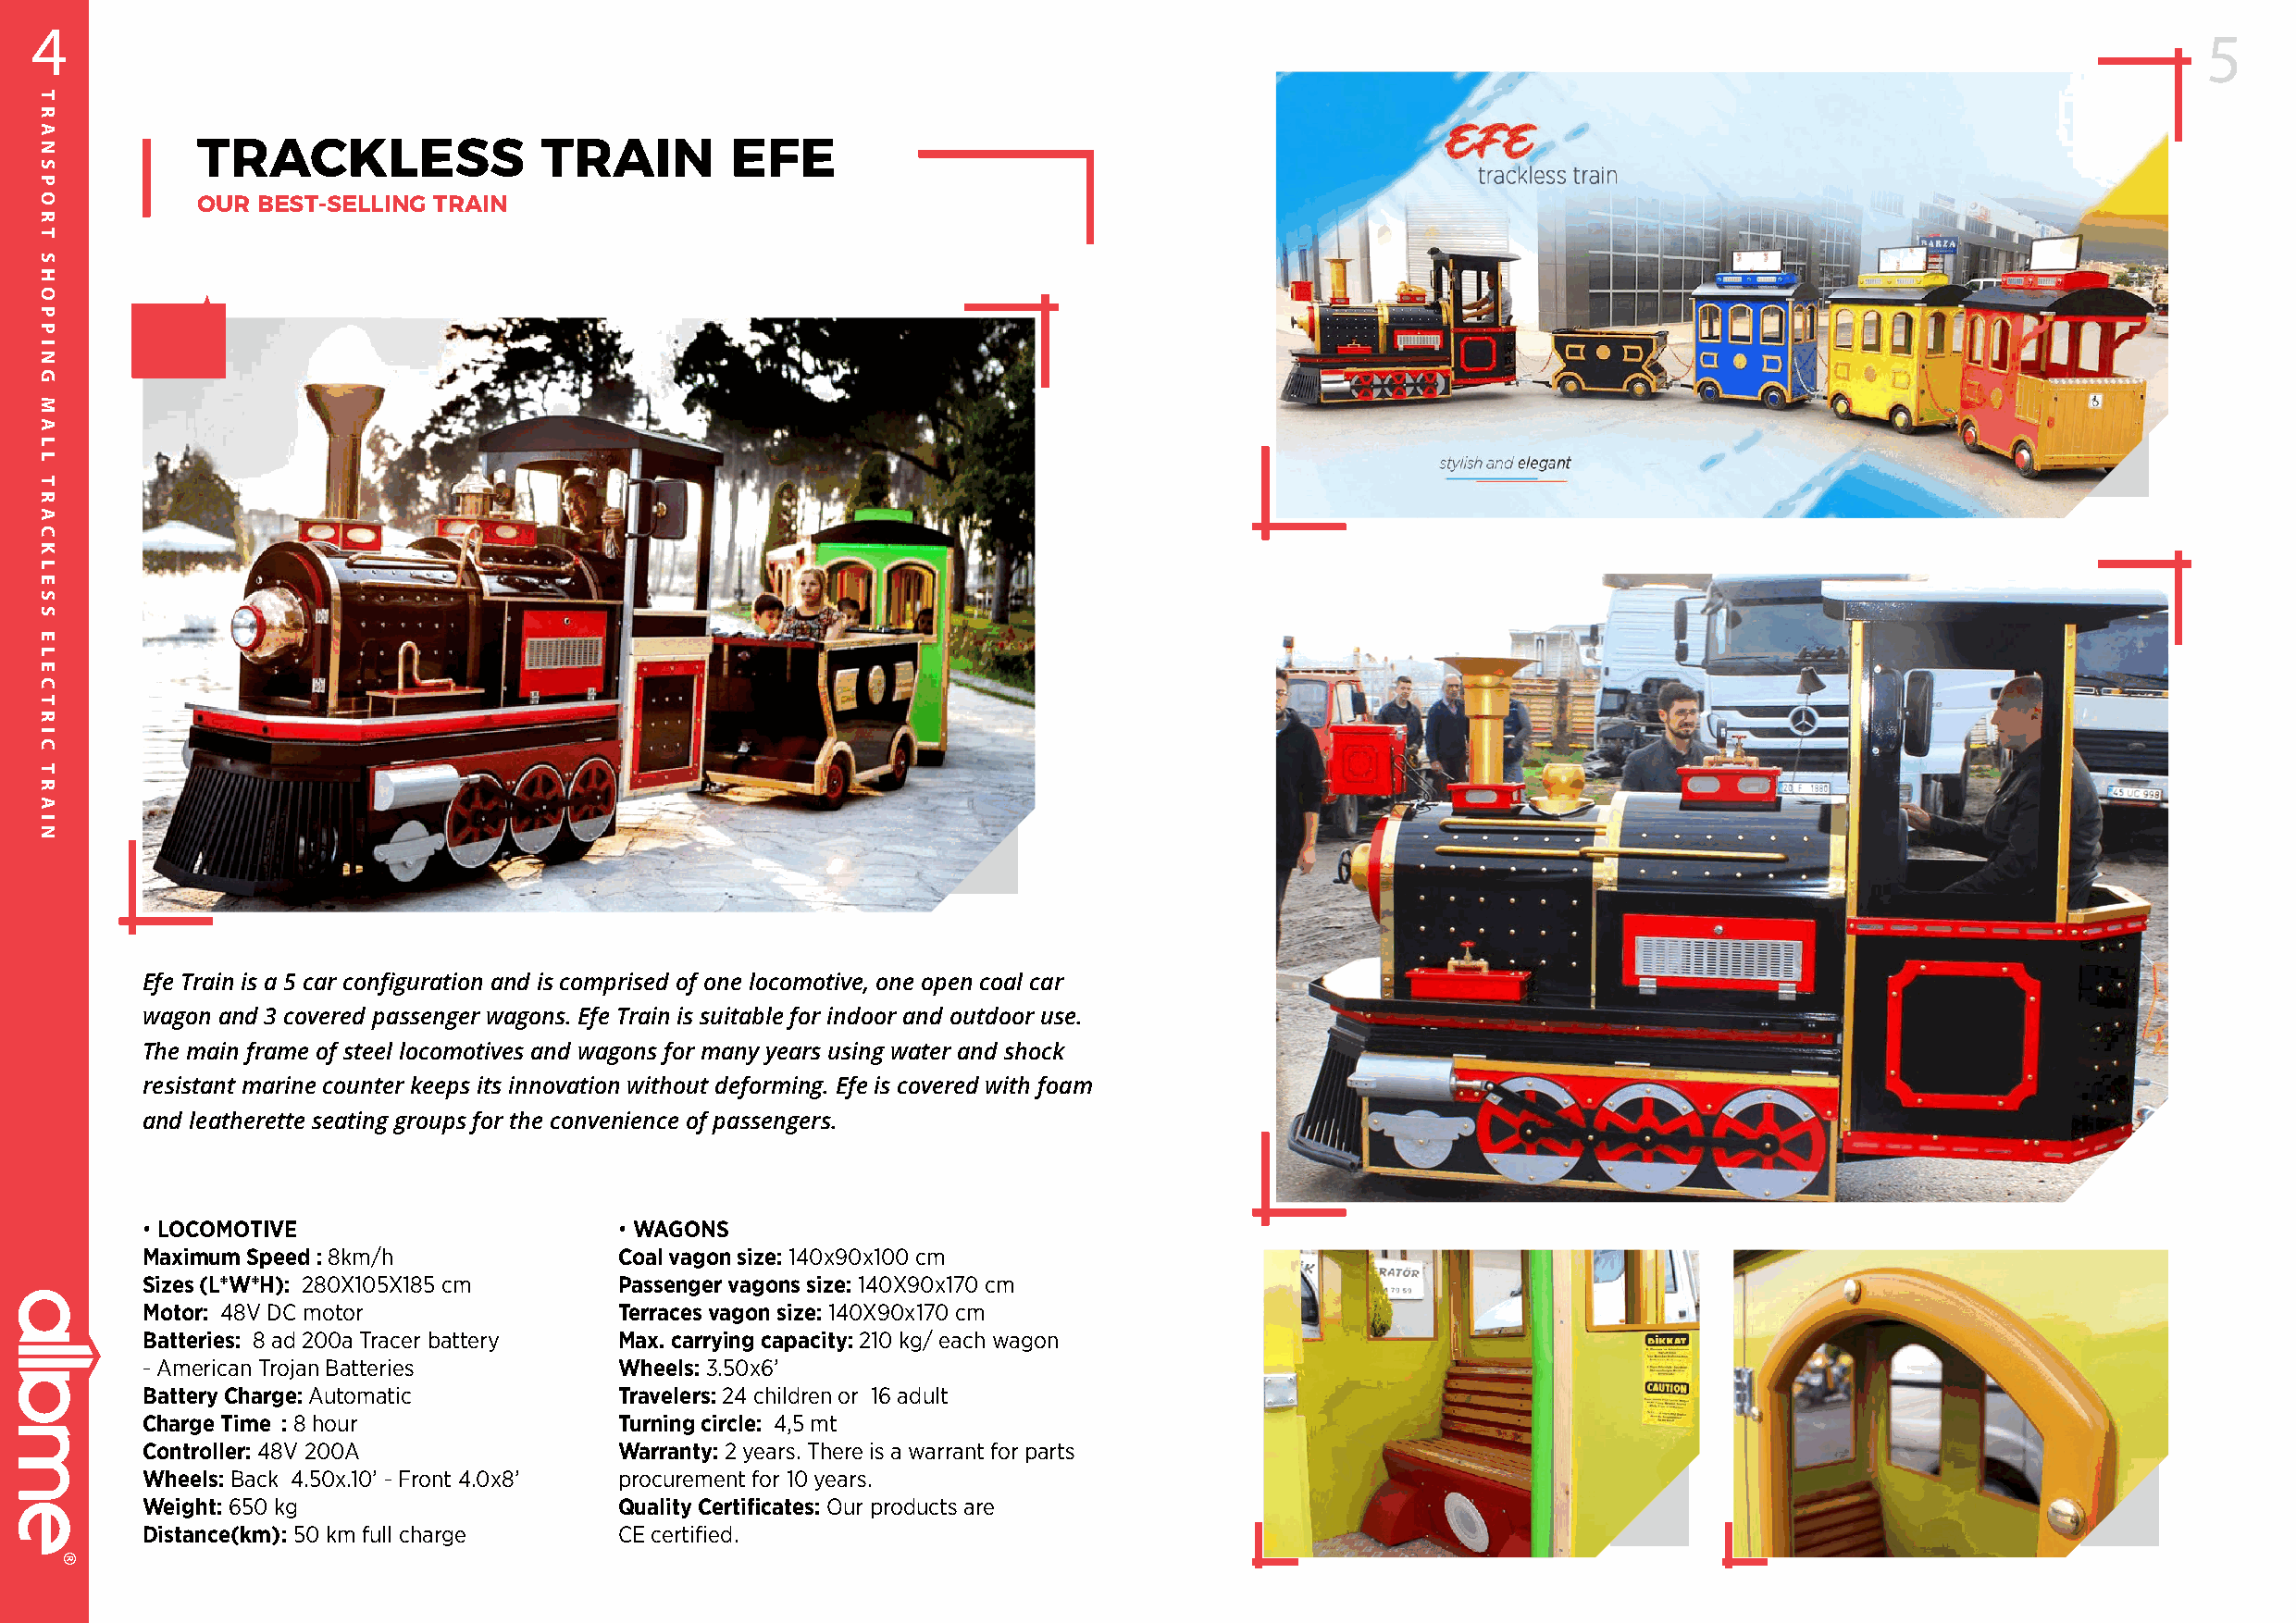
4
 5
 TRACKLESS                TRAIN        EFE
 OuR bEST-SELLINg TRAIN
 Efe Train is a 5 car configuration and is comprised of one locomotive, one open coal car
 wagon and 3 covered passenger wagons. Efe Train is suitable for indoor and outdoor use.
 The main frame of steel locomotives and wagons for many years using water and shock
 resistant marine counter keeps its innovation without deforming. Efe is covered with foam
 and leatherette seating groups for the convenience of passengers.
 • LOCOMOTIVE                      • WAGONS
 Maximum Speed : 8km/h             Coal vagon size: 140x90x100 cm
 Sizes (L*W*H): 280X105X185 cm     Passenger vagons size: 140X90x170 cm
 Motor: 48V DC motor               Terraces vagon size: 140X90x170 cm
 Batteries: 8 ad 200a Tracer battery Max. carrying capacity: 210 kg/ each wagon
 - American Trojan Batteries       Wheels: 3.50x6’
 Battery Charge: Automatic         Travelers: 24 children or 16 adult
 Charge Time : 8 hour              Turning circle: 4,5 mt
 Controller: 48V 200A              Warranty: 2 years. There is a warrant for parts
 Wheels: Back 4.50x.10’ - Front 4.0x8’ procurement for 10 years.
 Weight: 650 kg                    Quality Certificates: Our products are
 Distance(km) : 50 km full charge  CE certified.
 TRANSPORT
 SHOPPING
 MALL
 TRACKLESS
 ELECTRIC
 TRAIN